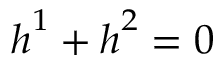
\boldsymbol { h } ^ { 1 } + \boldsymbol { h } ^ { 2 } = \boldsymbol { 0 }